Report on the working of the mental hospitals for Indians in Bihar and Orissa - 1925-1929
Year: 1925
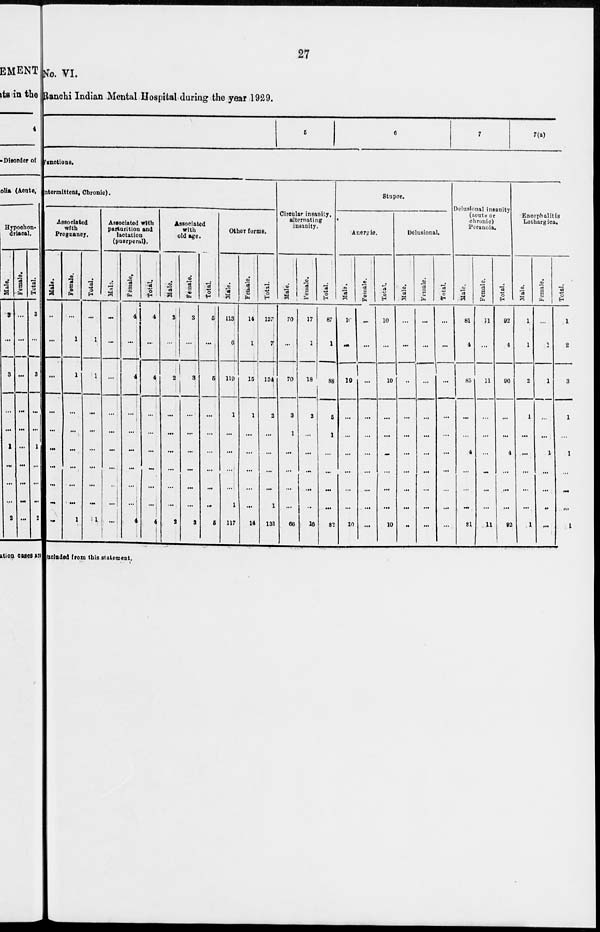
27
No. VI.
Ranchi Indian Mental Hospital during the year 1929.
5
6
7
7(a)
functions.
intermittent, Chronic).
Associated
with
Pregnancy.
Male.
...
...
...
...
...
...
...
...
...
...
Female.
...
1
1
...
...
...
...
...
...
1
Total.
...
1
1
...
...
...
...
...
...
1
Associated with
parturition and
lactation
(puerperal).
Male.
...
...
...
...
...
...
...
...
...
...
Female.
4
...
4
...
...
...
...
...
...
4
Total.
4
...
4
...
...
...
...
...
...
4
Associated
with
old age.
Male.
2
...
2
...
...
...
...
...
...
2
Female.
3
...
3
...
...
...
...
...
...
3
Total.
5
...
5
...
...
...
...
...
...
5
Other forms.
Male.
113
6
119
1
...
...
...
...
1
117
Female.
14
1
15
1
...
...
...
...
...
14
Total.
127
7
134
2
...
...
...
...
1
131
Circular insanity,
alternating
insanity.
Male.
70
...
70
3
1
...
...
...
...
66
Female.
17
1
18
2
...
...
...
...
...
16
Total.
87
1
88
5
1
...
...
...
...
82
Stupor.
Anergic.
Male.
10
...
10
...
...
...
...
...
...
10
Female.
...
...
...
...
...
...
...
...
...
...
Total.
10
...
10
...
...
...
...
...
...
10
Delusional.
Male.
...
...
...
...
...
...
...
...
...
...
Female.
...
...
...
...
...
...
...
...
...
...
Total.
...
...
...
...
...
...
...
...
...
...
Delusional insanity
(acute or
chronic)
Peranoia.
Male.
81
4
85
...
...
4
...
...
...
81
Female.
11
...
11
...
...
...
...
...
...
11
Total.
92
4
96
...
...
4
...
...
...
92
Encephalitis
Lothargica.
Male.
1
1
2
1
...
...
...
...
...
1
Female.
...
1
1
...
...
1
. . .
...
...
...
Total.
1
2
3
1
...
1
...
...
...
1
excluded from this statement.